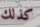
كذلك